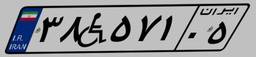
۵۵W۰۴۵۹۵